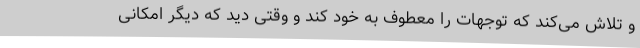
و تلاش می‌کند که توجهات را معطوف به خود کند و وقتی دید که دیگر امکانی